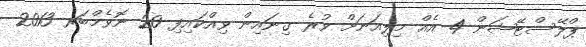
ޕްލޭސްޓޭޝަން 4 އެއް މިލިއަނަށް ވުރެ ގިނައިން ވިއްކައިފި 20 ނޮވެމްބަރ 2013